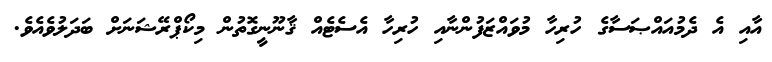
އާއި އެ ދެމުއައްޞަސާގެ ހުރިހާ މުވައްޒަފުންނާއި ހުރިހާ އެސެޓެއް ޤާނޫނީގޮތުން މިކޯޕްރޭޝަނަށް ބަދަލުވެއެވެ.